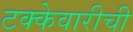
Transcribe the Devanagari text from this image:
टक्केवारीची